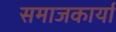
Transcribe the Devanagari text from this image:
समाजकार्या